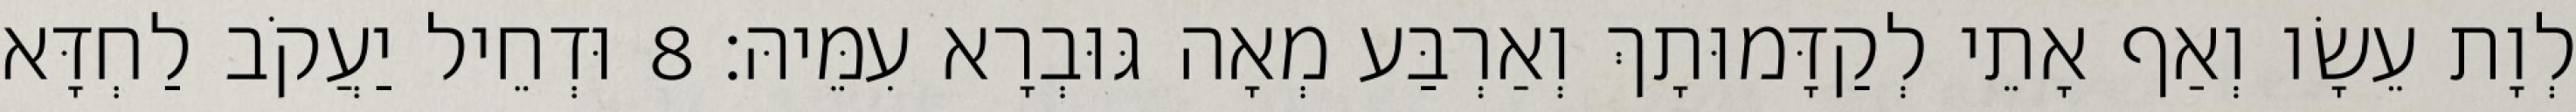
לְוָת עֵשָׂו וְאַף אָתֵי לְקַדָּמוּתָךְ וְאַרְבַּע מְאָה גּוּבְרָא עִמֵּיהּ׃ 8 וּדְחֵיל יַעֲקֹב לַחְדָּא